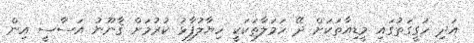
އަދި ހަގީގަތުގައި މީޑިއާތަކަށް ދޭ ހަމަލާތަކަކީ ހިޔާލުފާޅު ކުރުމަށް ޤާނޫނު އަސާސީ އިން